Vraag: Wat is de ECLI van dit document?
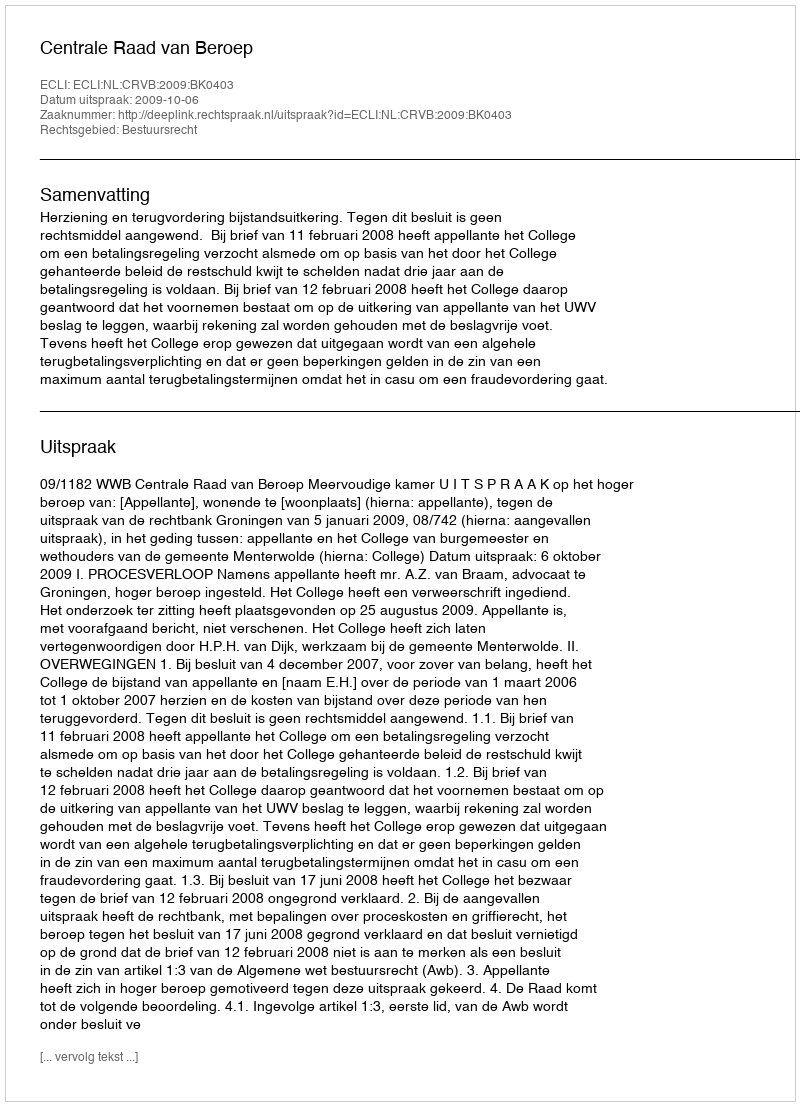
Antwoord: ECLI:NL:CRVB:2009:BK0403